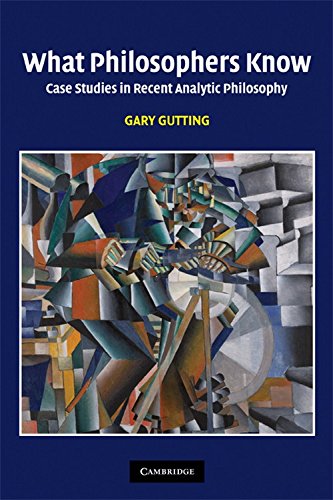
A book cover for What Philosophers Know: Case Studies in Recent Analytic Philosophy; Gary Gutting; Politics & Social Sciences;